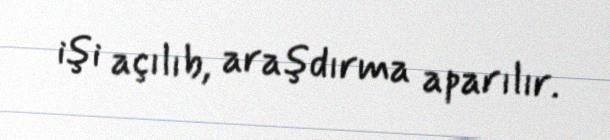
işi açılıb, araşdırma aparılır.